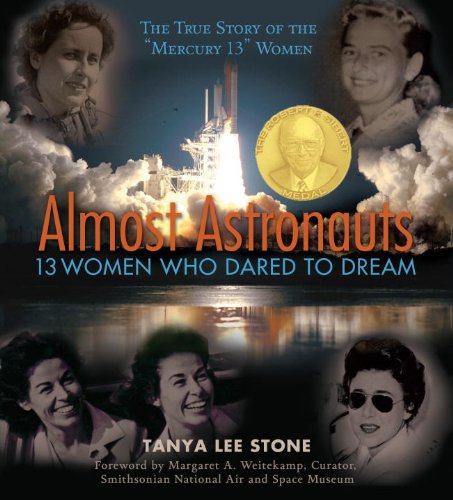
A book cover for Almost Astronauts: 13 Women Who Dared to Dream; Tanya Lee Stone; Children's Books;